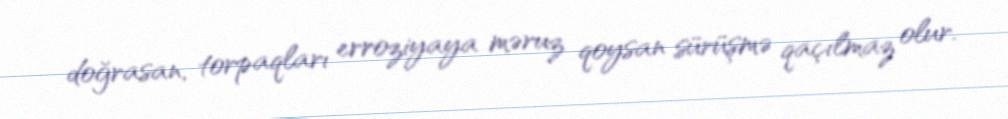
doğrasan, torpaqları erroziyaya məruz qoysan sürüşmə qaçılmaz olur.